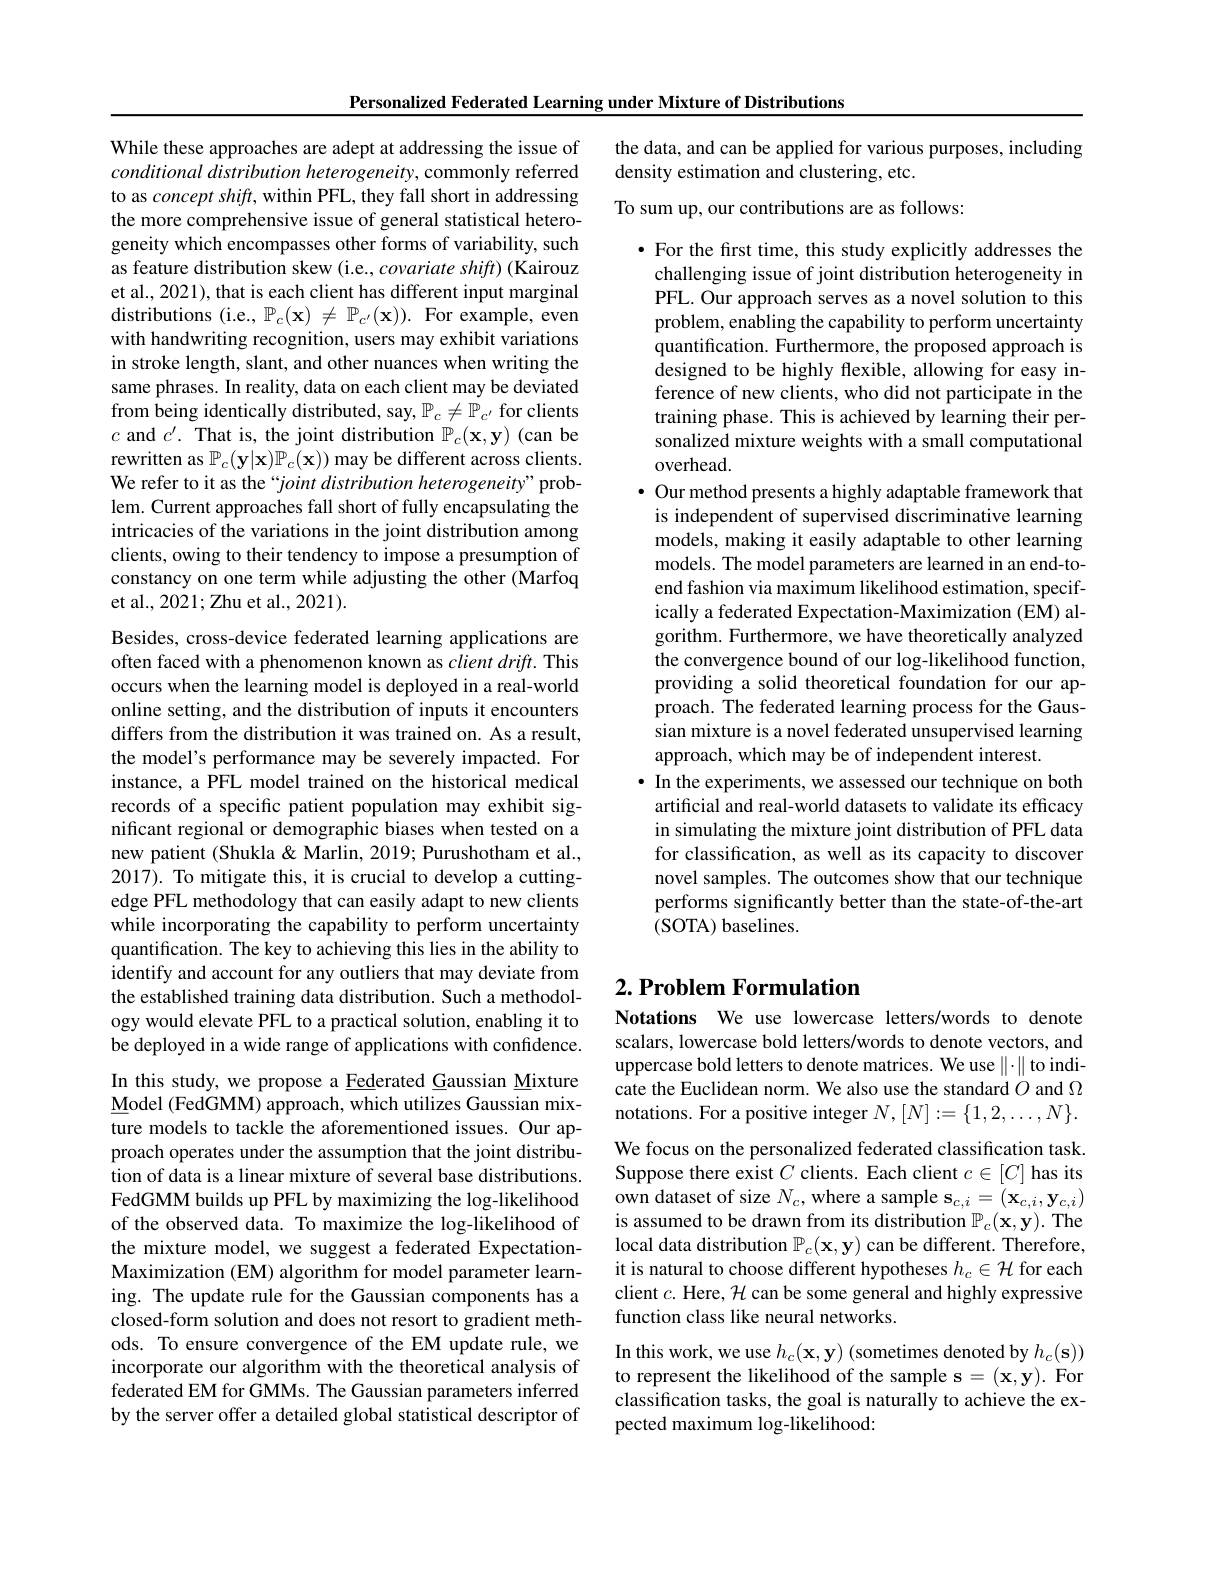
Personalized Federated Learning under Mixture of Distributions

While these approaches are adept at addressing the issue of conditional distribution heterogeneity, commonly referred to as concept shift, within PFL, they fall short in addressing the more comprehensive issue of general statistical heterogeneity which encompasses other forms of variability, such as feature distribution skew (i.e., covariate shift) (Kairouz et al., 2021), that is each client has different input marginal distributions (i.e., $\mathbb{P}_c(\mathbf{x})\neq\mathbb{P}_{c^{\prime}}(\mathbf{x})).$ For example, even with handwriting recognition, users may exhibit variations in stroke length, slant, and other nuances when writing the same phrases. In reality, data on each client may be deviated from being identically distributed, say, $\mathbb{P}_c\neq\mathbb{P}_{c^{\prime}}$ for clients $c$ and $c^\prime.$ That is, the joint distribution $\mathbb{P}_c(\mathbf{x},\mathbf{y})$ (can be rewritten as $\mathbb{P}_c(\mathbf{y}|\mathbf{x})\mathbb{P}_c(\mathbf{x}))$ may be different across clients. We refer to it as the “joint distribution heterogeneity”problem. Current approaches fall short of fully encapsulating the intricacies of the variations in the joint distribution among clients, owing to their tendency to impose a presumption of constancy on one term while adjusting the other (Marfoq et al., 2021; Zhu et al., 2021).

Besides, cross-device federated learning applications are often faced with a phenomenon known as client drift. This occurs when the learning model is deployed in a real-world online setting, and the distribution of inputs it encounters differs from the distribution it was trained on. As a result, the model's performance may be severely impacted. For instance, a PFL model trained on the historical medical records of a specific patient population may exhibit significant regional or demographic biases when tested on a new patient (Shukla & Marlin, 2019; Purushotham et al., 2017). To mitigate this, it is crucial to develop a cuttingedge PFL methodology that can easily adapt to new clients while incorporating the capability to perform uncertainty quantification. The key to achieving this lies in the ability to identify and account for any outliers that may deviate from the established training data distribution. Such a methodology would elevate PFL to a practical solution, enabling it to be deployed in a wide range of applications with confidence. In this study, we propose a Eederated Gaussian Mixture Model (FedGMM) approach, which utilizes Gaussian mixture models to tackle the aforementioned issues. Our approach operates under the assumption that the joint distribution of data is a linear mixture of several base distributions. FedGMM builds up PFL by maximizing the log-likelihood of the observed data. To maximize the log-likelihood of the mixture model, we suggest a federated ExpectationMaximization (EM) algorithm for model parameter learning. The update rule for the Gaussian components has a closed-form solution and does not resort to gradient methods. To ensure convergence of the EM update rule, we incorporate our algorithm with the theoretical analysis of federated EM for GMMs. The Gaussian parameters inferred by the server offer a detailed global statistical descriptor of

the data, and can be applied for various purposes, including
density estimation and clustering, etc.

To sum up, our contributions are as follows:
$\bullet$ For the first time, this study explicitly addresses the challenging issue of joint distribution heterogeneity in PFL. Our approach serves as a novel solution to this problem, enabling the capability to perform uncertainty quantification. Furthermore, the proposed approach is designed to be highly flexible, allowing for easy inference of new clients, who did not participate in the training phase. This is achieved by learning their personalized mixture weights with a small computational overhead.
$\bullet$ Our method presents a highly adaptable framework that is independent of supervised discriminative learning models, making it easily adaptable to other learning models. The model parameters are learned in an end-toend fashion via maximum likelihood estimation, specifically a federated Expectation-Maximization (EM) algorithm. Furthermore, we have theoretically analyzed the convergence bound of our log-likelihood function, providing a solid theoretical foundation for our approach. The federated learning process for the Gaussian mixture is a novel federated unsupervised learning approach, which may be of independent interest.
$\bullet$ In the experiments, we assessed our technique on both artificial and real-world datasets to validate its efficacy in simulating the mixture joint distribution of PFL data for classification, as well as its capacity to discover novel samples. The outcomes show that our technique performs significantly better than the state-of-the-art (SOTA) baselines.

## $2. \textbf{Problem Formulation}$

Notations We use lowercase letters/words to denote scalars, lowercase bold letters/words to denote vectors, and uppercase bold letters to denote matrices. We use $\|\cdot\|$ to indicate the Euclidean norm. We also use the standard $O$ and $\Omega$ notations. For a positive integer $N,[N]:=\{1,2,\ldots,N\}.$ We focus on the personalized federated classification task. Suppose there exist $C$ clients. Each client $c\in[C]$ has its own dataset of size $N_c$,where a sample $\mathbf{s}_c,i=(\mathbf{x}_{c,i},\mathbf{y}_{c,i})$ is assumed to be drawn from its distribution $\mathbb{P}_c(\mathbf{x},\mathbf{y}).$ The local data distribution $\mathbb{P}_c(\mathbf{x},\mathbf{y})$ can be different. Therefore, it is natural to choose different hypotheses $h_c\in\mathcal{H}$ for each client $c.$ Here, $\mathcal{H}$ can be some general and highly expressive function class like neural networks.
In this work, we use $h_c(\mathbf{x},\mathbf{y})$ (sometimes denoted by $h_c(\mathbf{s}))$ to represent the likelihood of the sample s = (x,y). For classification tasks, the goal is naturally to achieve the expected maximum log-likelihood: